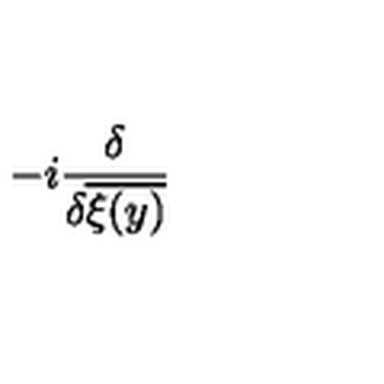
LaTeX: - i \frac { \delta } { \delta \overline { { \xi ( y ) } } }